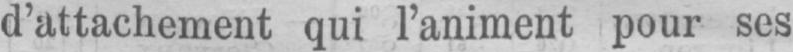
d’attachement qui l’animent pour ses